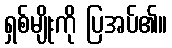
ရှစ်မျိုးကို ပြအပ်၏။